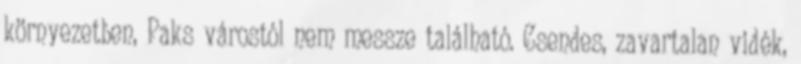
környezetben, Paks várostól nem messze található. Csendes, zavartalan vidék,